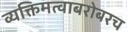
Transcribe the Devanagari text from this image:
व्यक्तिमत्वाबरोबरच